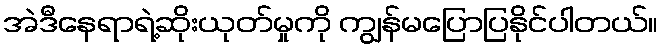
အဲဒီနေရာရဲ့ဆိုးယုတ်မှုကို ကျွန်မပြောပြနိုင်ပါတယ်။